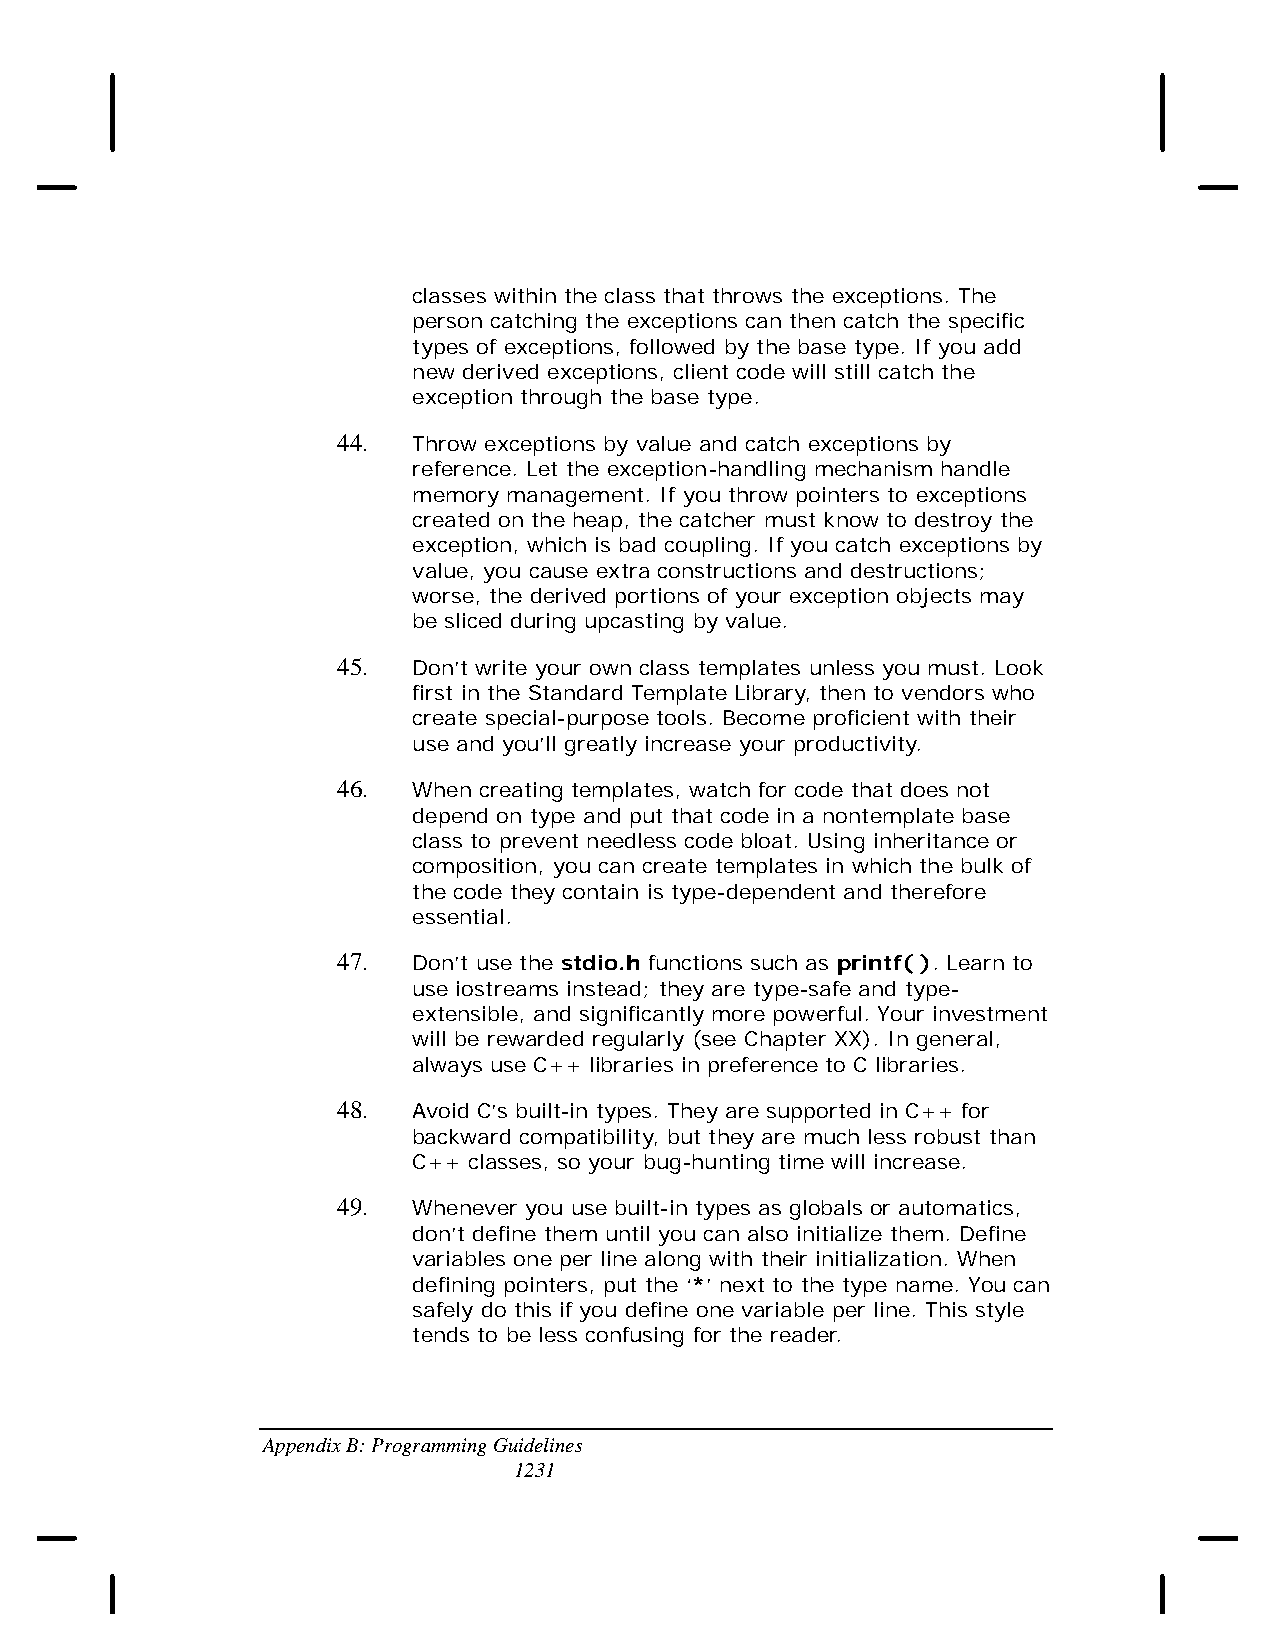
classes within the class that throws the exceptions. The
 person catching the exceptions can then catch the specific
 types of exceptions, followed by the base type. If you add
 new derived exceptions, client code will still catch the
 exception through the base type.
 44.  Throw exceptions by value and catch exceptions by
 reference. Let the exception-handling mechanism handle
 memory management. If you throw pointers to exceptions
 created on the heap, the catcher must know to destroy the
 exception, which is bad coupling. If you catch exceptions by
 value, you cause extra constructions and destructions;
 worse, the derived portions of your exception objects may
 be sliced during upcasting by value.
 45.  Don’t write your own class templates unless you must. Look
 first in the Standard Template Library, then to vendors who
 create special-purpose tools. Become proficient with their
 use and you’ll greatly increase your productivity.
 46.  When creating templates, watch for code that does not
 depend on type and put that code in a nontemplate base
 class to prevent needless code bloat. Using inheritance or
 composition, you can create templates in which the bulk of
 the code they contain is type-dependent and therefore
 essential.
 47.  Don’t use the stdio.h functions such as printf( ). Learn to
 use iostreams instead; they are type-safe and type-
 extensible, and significantly more powerful. Your investment
 will be rewarded regularly (see Chapter XX). In general,
 always use C++ libraries in preference to C libraries.
 48.  Avoid C’s built-in types. They are supported in C++ for
 backward compatibility, but they are much less robust than
 C++ classes, so your bug-hunting time will increase.
 49.  Whenever you use built-in types as globals or automatics,
 don’t define them until you can also initialize them. Define
 variables one per line along with their initialization. When
 defining pointers, put the ‘*’ next to the type name. You can
 safely do this if you define one variable per line. This style
 tends to be less confusing for the reader.
 Appendix B: Programming Guidelines
 1231